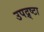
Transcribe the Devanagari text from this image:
उपद्र्ष्टा